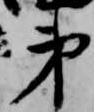
第